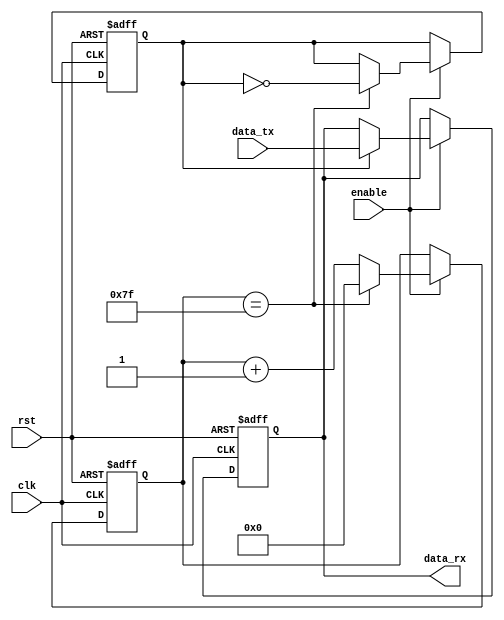
module SPI_timing_control(

    input wire clk, // System clock
    input wire rst, // Reset signal
    input wire enable, // Enable signal for SPI communication
    input wire data_tx, // Data to be transmitted on SPI bus
    output reg data_rx // Data received on SPI bus

);

reg [7:0] spi_clk_counter;
reg spi_clk;
reg spi_clk_phase;

always @ (posedge clk or posedge rst) begin
    if (rst) begin
        spi_clk_counter <= 8'b0;
        spi_clk <= 1'b0;
        spi_clk_phase <= 1'b0;
    end else begin
        if (enable) begin
            if (spi_clk_counter == 8'd127) begin
                spi_clk_counter <= 8'd0;
                spi_clk <= ~spi_clk;
                spi_clk_phase <= ~spi_clk_phase;
            end else begin
                spi_clk_counter <= spi_clk_counter + 1;
            end
        end
    end
end

always @ (posedge clk or posedge rst) begin
    if (rst) begin
        data_rx <= 1'b0;
    end else begin
        if (enable) begin
            if (spi_clk_phase) begin
                data_rx <= data_tx;
            end
        end
    end
end

endmodule